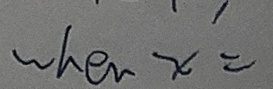
w h e n x =